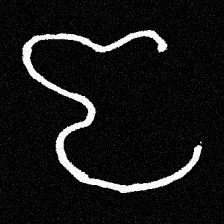
Pyu character \u2014 Myanmar letter: ဇ (romanized: ja)